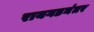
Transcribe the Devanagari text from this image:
रायगडनंतर